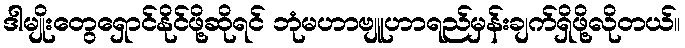
ဒါမျိုးတွေရှောင်နိုင်ဖို့ဆိုရင် ဘုံမဟာဗျူဟာရည်မှန်းချက်ရှိဖို့လိုတယ်။